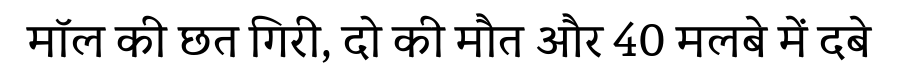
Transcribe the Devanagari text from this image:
मॉल की छत गिरी, दो की मौत और 40 मलबे में दबे